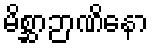
မိစ္ဆာဉာဏိနော